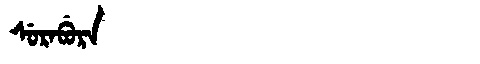
Manchu: ᠰᡠᡵᠠᠪᡠᡵᠠ
Romanization: SURABURA